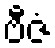
ဗီဇံ